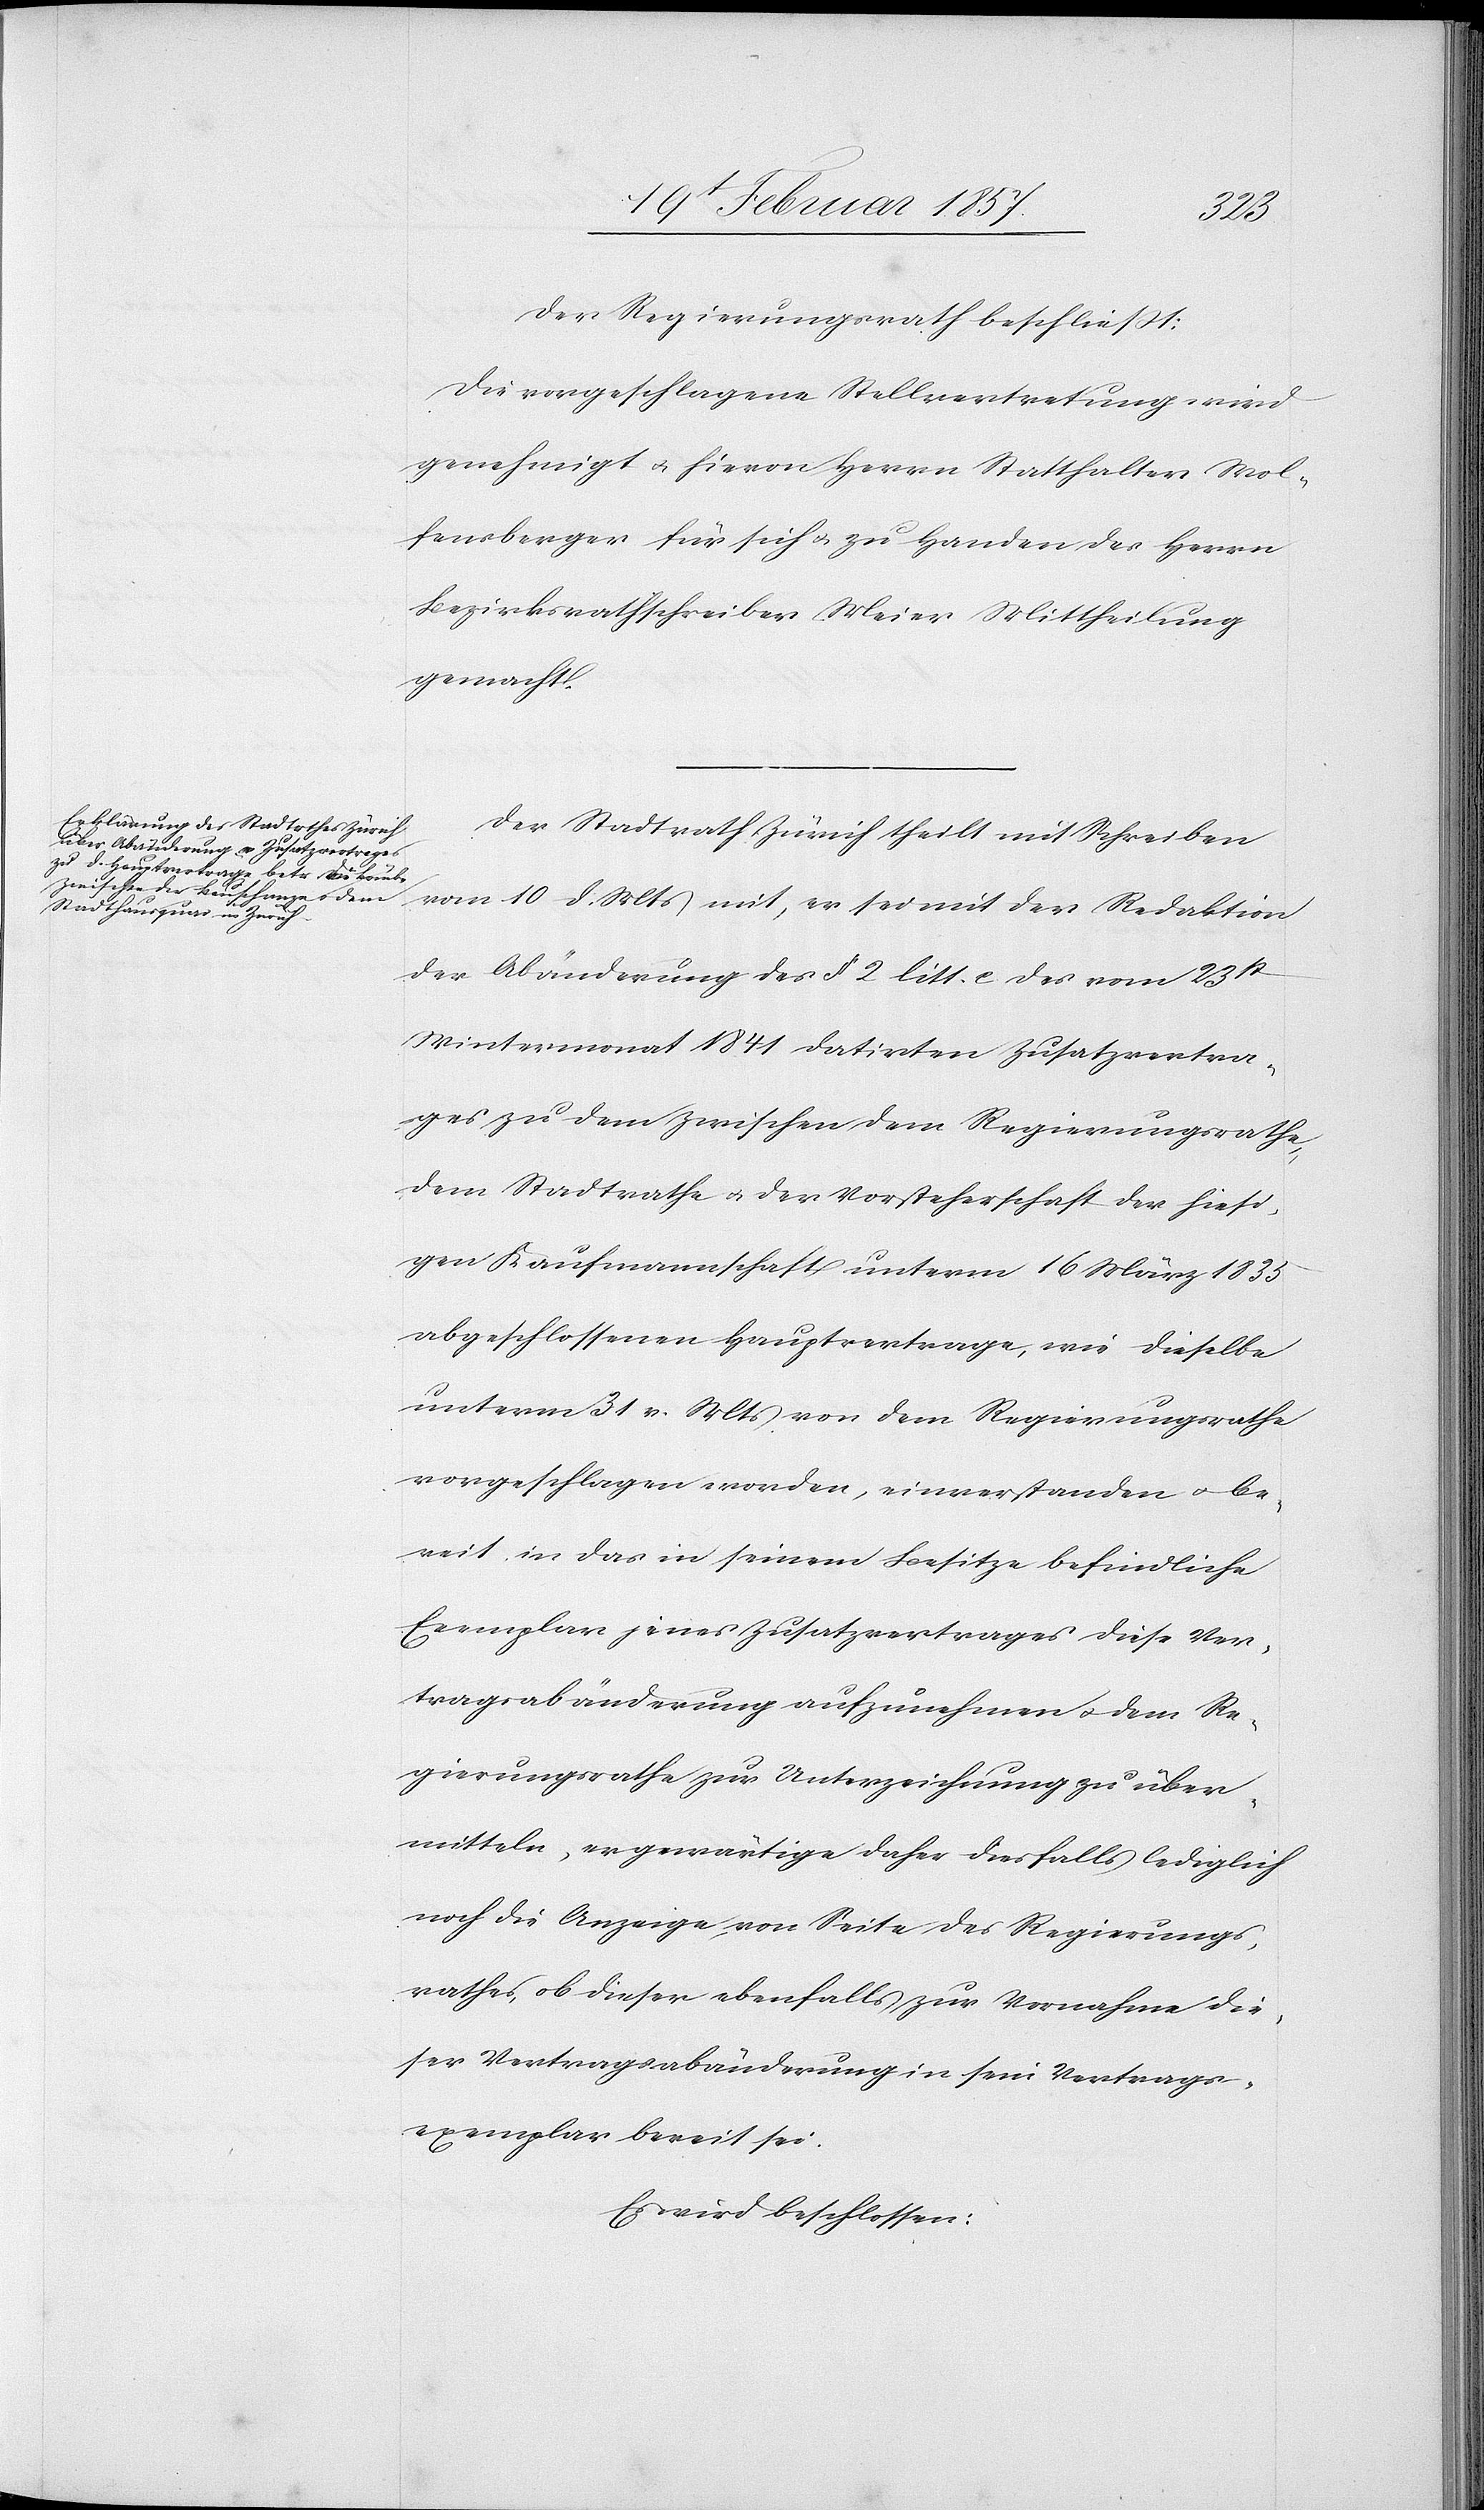
Der Regierungsrath beschließt:
Die vorgeschlagene Stellvertretung wird
genehmigt u. hievon Herrn Statthalter Wol¬
fensberger für sich u. zu Handen des Herrn
Bezirksrathschreiber Meier Mittheilung
gemacht.
Der Stadtrath Zürich theilt mit Schreiben
vom 10 d. Mts mit, er sei mit der Redaktion
der Abänderung des § 2 litt. c des vom 23st
Wintermonat 1841 datirten Zusatzvertra¬
ges zu dem zwischen dem Regierungsrathe,
dem Stadtrathe u. der Vorsteherschaft der hiesi¬
gen Kaufmannschaft unterm 16 März 1835
abgeschlossenen Hauptvertrage, wie dieselbe
unterm 31 v. Mts von dem Regierungsrathe
vorgeschlagen worden, einverstanden u. be¬
reit in das in seinem Besitze befindliche
Exemplar jenes Zusatzvertrages diese Ver¬
tragsabänderung aufzunehmen u. dem Re¬
gierungsrathe zur Unterzeichnung zu über¬
mitteln, er gewärtige daher diesfalls lediglich
noch die Anzeige von Seite des Regierungs¬
rathes, ob dieser ebenfalls zur Vornahme die¬
ser Vertragsabänderung in sein Vertrags¬
exemplar bereit sei.
Es wird beschlossen: